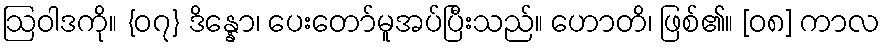
ဩဝါဒကို။ {၀၇} ဒိန္နော၊ ပေးတော်မူအပ်ပြီးသည်။ ဟောတိ၊ ဖြစ်၏။ [၀၈] ကာလ